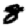
Digit: 8